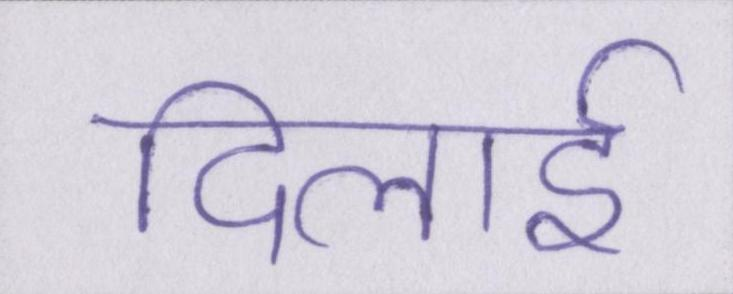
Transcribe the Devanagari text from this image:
दिलाई